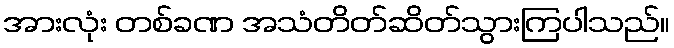
အားလုံး တစ်ခဏ အသံတိတ်ဆိတ်သွားကြပါသည်။